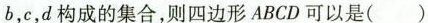
b，c，d构成的集合，则四边形ABCD可以是( )。